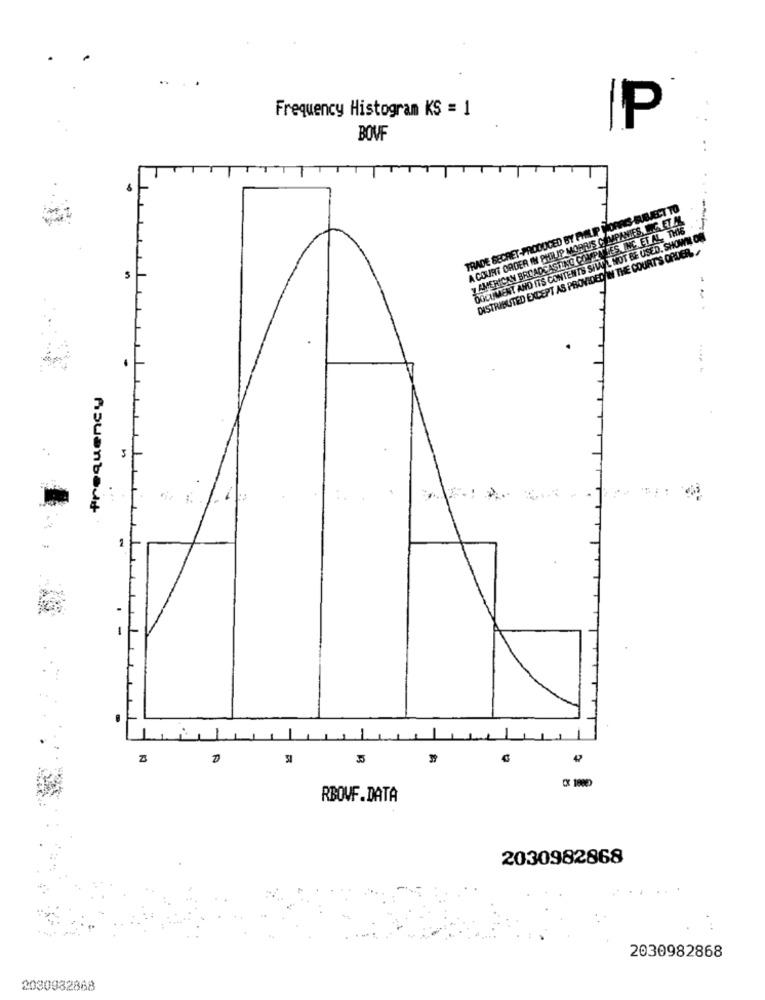
Frequency Histogram K$ = 1
IP
BOVF
TRADE SECRET-PRODUCED BY PHILIP MORRIS SUBJECT TO
A COURT ORDER IN PHILIP MORRIS COMPANIES, ING. ET AL
y AMERICAN BROADCASTING COMPANY JES INC.ET AL. THIS
DOCUMENT AND ITS CONTENTS SHALL NOT BE USED. SHOWN ON
DISTRIBUTED EXCEPT AS PROVIDED IN THE COURT'S OR
Frequency
...
A
5
42
RBOVF.DATA
2030982868
2030982868
2030932868